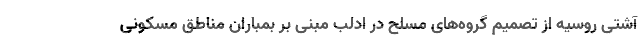
آشتی روسیه از تصمیم گروه‌های مسلح در ادلب مبنی بر بمباران مناطق مسکونی